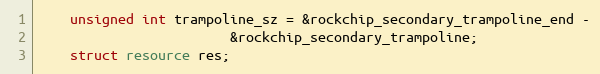
Language: C
	unsigned int trampoline_sz = &rockchip_secondary_trampoline_end -
					    &rockchip_secondary_trampoline;
	struct resource res;